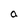
Character: a